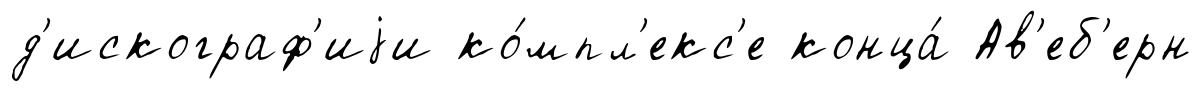
д'искограф'иjи ко́мпл'екс'е конца́ Ав'еб'ерн